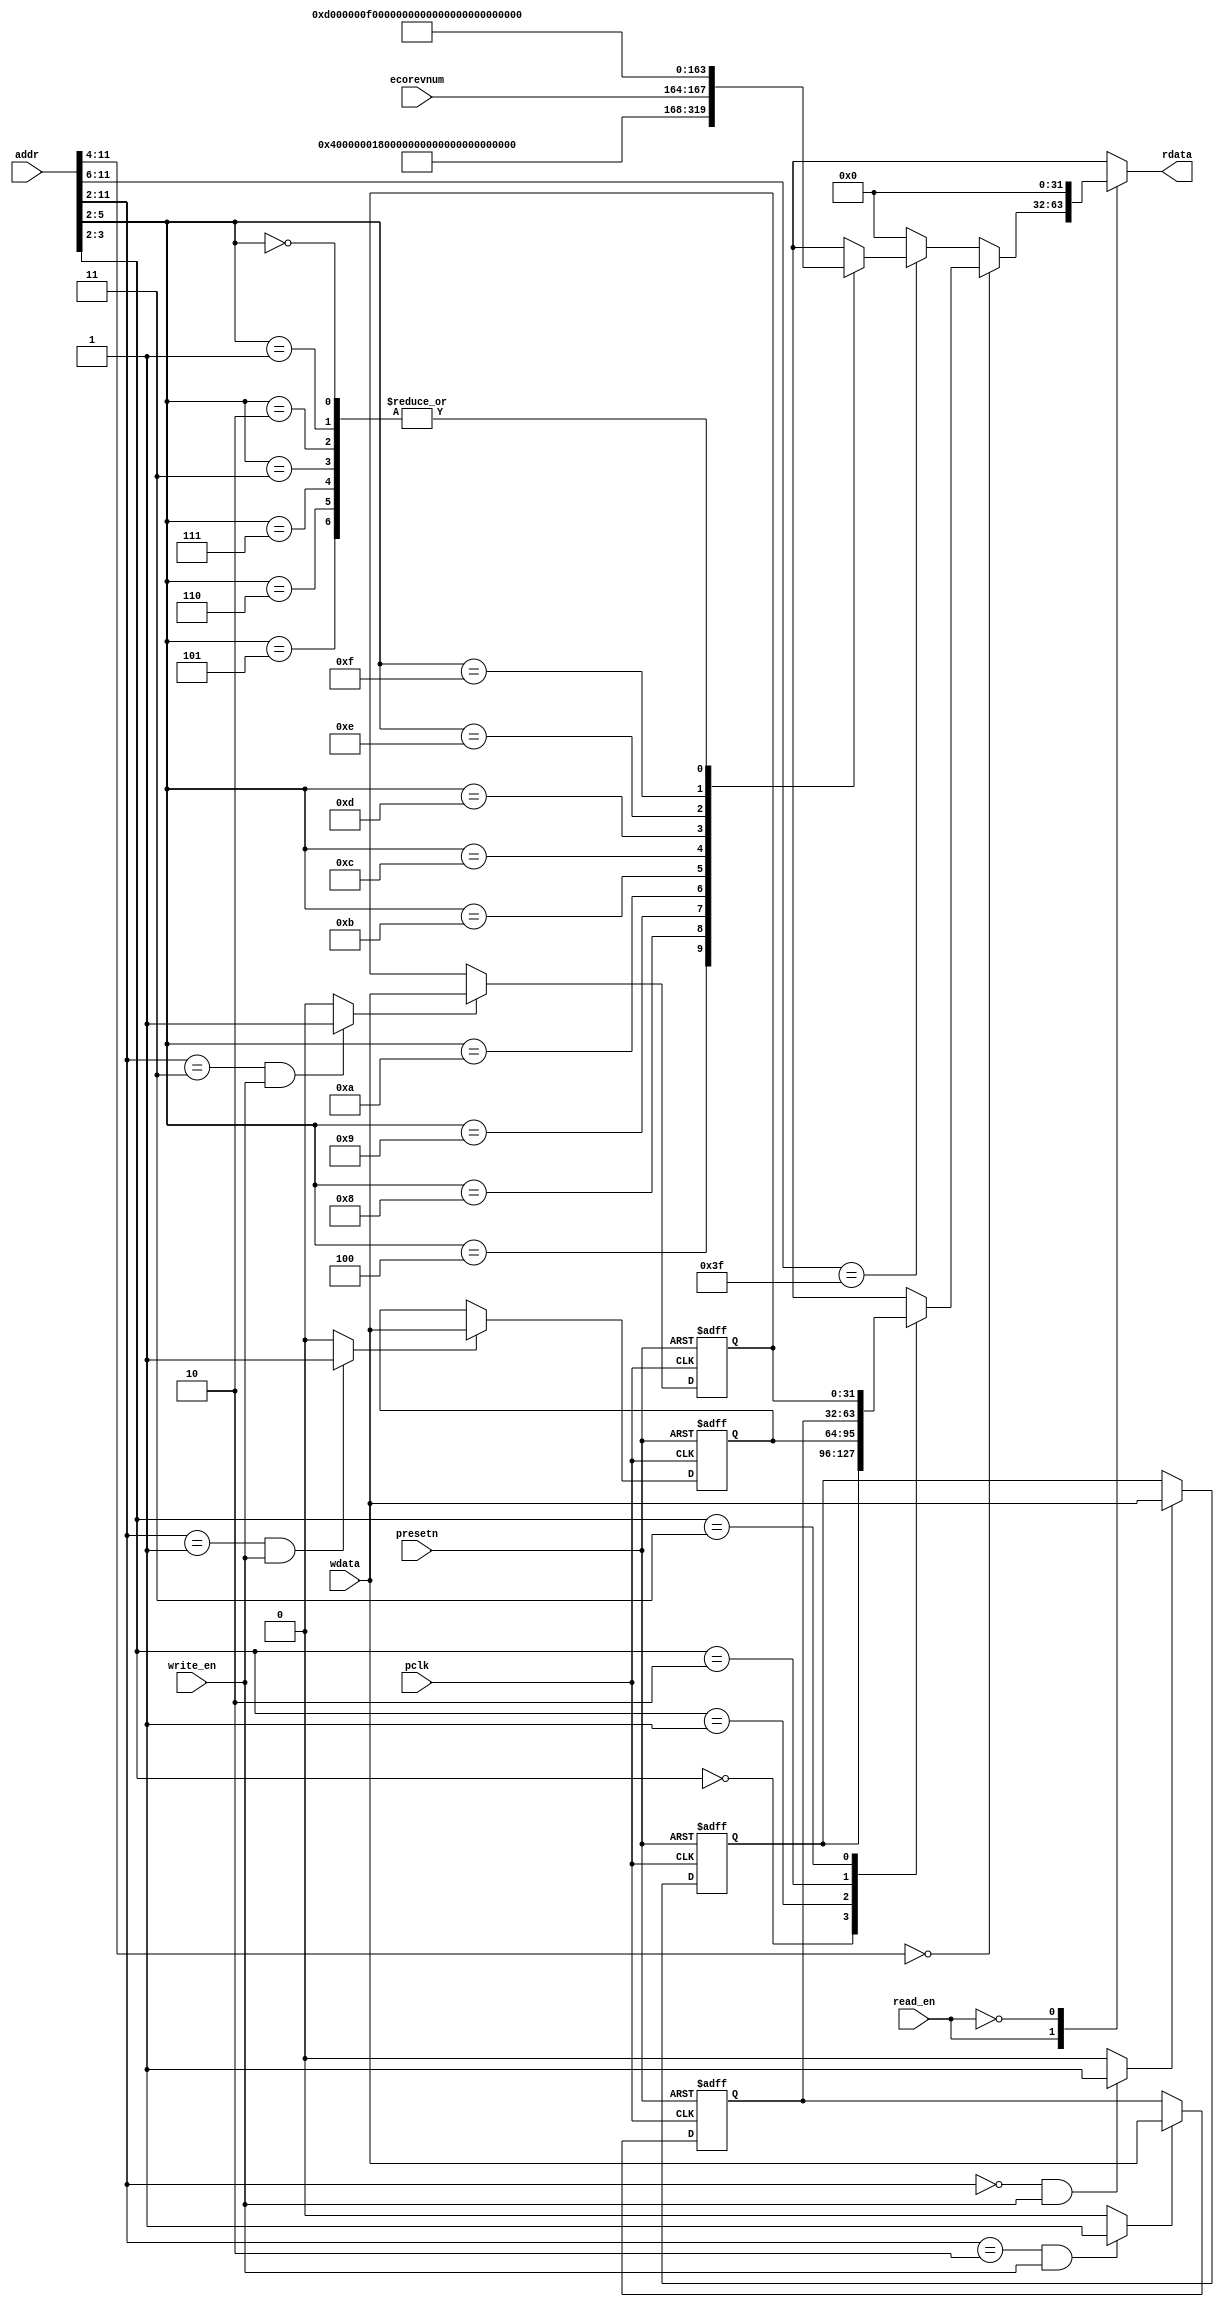
//-----------------------------------------------------------------------------
// The confidential and proprietary information contained in this file may
// only be used by a person authorised under and to the extent permitted
// by a subsisting licensing agreement from ARM Limited.
//
//            (C) COPYRIGHT 2010-2013 ARM Limited.
//                ALL RIGHTS RESERVED
//
// This entire notice must be reproduced on all copies of this file
// and copies of this file may only be made by a person if such person is
// permitted to do so under the terms of a subsisting license agreement
// from ARM Limited.
//
//      SVN Information
//
//      Checked In          : $Date: 2013-01-09 12:55:25 +0000 (Wed, 09 Jan 2013) $
//
//      Revision            : $Revision: 233070 $
//
//      Release Information : Cortex-M System Design Kit-r1p0-00rel0
//
//-----------------------------------------------------------------------------
//-----------------------------------------------------------------------------
// Abstract : APB example slave register module.
//            Support AMBA APB3 interface
//            This is an example slave with four 32-bit registers, provides write
//            and read operation. The Data and address valid at the same clock
//            cycle.
//-----------------------------------------------------------------------------

module cmsdk_apb3_eg_slave_reg #(
  // parameter for address width
  parameter   ADDRWIDTH = 12)
 (
  input  wire                   pclk,       // clock
  input  wire                   presetn,    // reset

  // Register interface
  input  wire [ADDRWIDTH-1:0]   addr,
  input  wire                   read_en,
  input  wire                   write_en,
  input  wire [31:0]            wdata,
  input  wire [3:0]             ecorevnum,
  output reg  [31:0]            rdata);

 // Local ID parameters, APB3 example slave has part number of 818
localparam  ARM_CMSDK_APB3_EG_SLAVE_PID4 = 32'h00000004; // 0xFD0 : PID 4
localparam  ARM_CMSDK_APB3_EG_SLAVE_PID5 = 32'h00000000; // 0xFD4 : PID 5
localparam  ARM_CMSDK_APB3_EG_SLAVE_PID6 = 32'h00000000; // 0xFD8 : PID 6
localparam  ARM_CMSDK_APB3_EG_SLAVE_PID7 = 32'h00000000; // 0xFDC : PID 7
localparam  ARM_CMSDK_APB3_EG_SLAVE_PID0 = 32'h00000018; // 0xFE0 : PID 0 APB3 Example slave part number[7:0]
localparam  ARM_CMSDK_APB3_EG_SLAVE_PID1 = 32'h000000B8; // 0xFE4 : PID 1 [7:4] jep106_id_3_0. [3:0] part number [11:8]
localparam  ARM_CMSDK_APB3_EG_SLAVE_PID2 = 32'h0000001B; // 0xFE8 : PID 2 [7:4] revision, [3] jedec_used. [2:0] jep106_id_6_4
localparam  ARM_CMSDK_APB3_EG_SLAVE_PID3 = 32'h00000000; // 0xFEC : PID 3
localparam  ARM_CMSDK_APB3_EG_SLAVE_CID0 = 32'h0000000D; // 0xFF0 : CID 0
localparam  ARM_CMSDK_APB3_EG_SLAVE_CID1 = 32'h000000F0; // 0xFF4 : CID 1 PrimeCell class
localparam  ARM_CMSDK_APB3_EG_SLAVE_CID2 = 32'h00000005; // 0xFF8 : CID 2
localparam  ARM_CMSDK_APB3_EG_SLAVE_CID3 = 32'h000000B1; // 0xFFC : CID 3
         // Note : Customer changing the design should modify
         // - jep106 value (www.jedec.org)
         // - part number (customer define)
         // - Optional revision and modification number (e.g. rXpY)


 //------------------------------------------------------------------------------
 // internal signals
 //------------------------------------------------------------------------------

  reg    [31:0]            data0;
  reg    [31:0]            data1;
  reg    [31:0]            data2;
  reg    [31:0]            data3;
  wire   [3:0]             wr_sel;

 //------------------------------------------------------------------------------
 // module logic start
 //------------------------------------------------------------------------------
  // Address decoding for write operations
  assign wr_sel[0] = ((addr[(ADDRWIDTH-1):2]==10'b0000000000)&(write_en)) ? 1'b1: 1'b0;
  assign wr_sel[1] = ((addr[(ADDRWIDTH-1):2]==10'b0000000001)&(write_en)) ? 1'b1: 1'b0;
  assign wr_sel[2] = ((addr[(ADDRWIDTH-1):2]==10'b0000000010)&(write_en)) ? 1'b1: 1'b0;
  assign wr_sel[3] = ((addr[(ADDRWIDTH-1):2]==10'b0000000011)&(write_en)) ? 1'b1: 1'b0;


 // register write, byte enable


 // Data register: data0
  always @(posedge pclk or negedge presetn)
    begin
    if (~presetn)
      begin
        data0 <= {32{1'b0}}; // Reset data 0 to 0x00000000
      end
    else if (wr_sel[0])
      begin
        data0[31:0] <= wdata[31:0];
      end
    end


 // Data register: data1
  always @(posedge pclk or negedge presetn)
    begin
    if (~presetn)
      begin
        data1 <= {32{1'b0}}; // Reset data 1 to 0x00000000
      end
    else if (wr_sel[1])
      begin
        data1[31:0] <= wdata[31:0];
      end
    end


  // Data register: data2
  always @(posedge pclk or negedge presetn)
    begin
    if (~presetn)
      begin
        data2 <= {32{1'b0}}; // Reset data 2 to 0x00000000
      end
    else if (wr_sel[2])
      begin
        data2[31:0] <= wdata[31:0];
      end
    end


  // Data register: data3
  always @(posedge pclk or negedge presetn)
    begin
    if (~presetn)
      begin
        data3 <= {32{1'b0}}; // Reset data 3 to 0x00000000
      end
    else if (wr_sel[3])
      begin
        data3[31:0] <= wdata[31:0];
      end
    end


 // register read

always @ (read_en or addr or data0 or data1 or data2 or data3 or ecorevnum)
 begin
   case (read_en)
     1'b1:
     begin
       if (addr[11:4] == 8'h00) begin
         case(addr[3:2])
           2'b00: rdata =  data0;
           2'b01: rdata =  data1;
           2'b10: rdata =  data2;
           2'b11: rdata =  data3;
           default: rdata = {32{1'bx}};
         endcase
       end
       else if (addr[11:6] == 6'h3F) begin
         case(addr[5:2])
          // Peripheral IDs and Component IDs.
          // AHB example slave has part number of 818
         4'b0100: rdata = ARM_CMSDK_APB3_EG_SLAVE_PID4; // 0xFD0 : PID 4
         4'b0101: rdata = ARM_CMSDK_APB3_EG_SLAVE_PID5; // 0xFD4 : PID 5
         4'b0110: rdata = ARM_CMSDK_APB3_EG_SLAVE_PID6; // 0xFD8 : PID 6
         4'b0111: rdata = ARM_CMSDK_APB3_EG_SLAVE_PID7; // 0xFDC : PID 7
         4'b1000: rdata = ARM_CMSDK_APB3_EG_SLAVE_PID0; // 0xFE0 : PID 0 APB Example slave part number[7:0]
         4'b1001: rdata = ARM_CMSDK_APB3_EG_SLAVE_PID1; // 0xFE4 : PID 1 [7:4] jep106_id_3_0. [3:0] part number [11:8]
         4'b1010: rdata = ARM_CMSDK_APB3_EG_SLAVE_PID2; // 0xFE8 : PID 2 [7:4] revision, [3] jedec_used. [2:0] jep106_id_6_4
         4'b1011: rdata ={ARM_CMSDK_APB3_EG_SLAVE_PID3[31:8], ecorevnum[3:0], 4'h0};
                                         // 0xFEC : PID 3 [7:4] ECO rev number, [3:0]  modification number
         4'b1100: rdata = ARM_CMSDK_APB3_EG_SLAVE_CID0; // 0xFF0 : CID 0
         4'b1101: rdata = ARM_CMSDK_APB3_EG_SLAVE_CID1; // 0xFF4 : CID 1 PrimeCell class
         4'b1110: rdata = ARM_CMSDK_APB3_EG_SLAVE_CID2; // 0xFF8 : CID 2
         4'b1111: rdata = ARM_CMSDK_APB3_EG_SLAVE_CID3; // 0xFFC : CID 3
         // Note : Customer changing the design should modify
         // - jep106 value (www.jedec.org)
         // - part number (customer define)
         // - Optional revision and modification number (e.g. rXpY)
         4'b0000, 4'b0001,4'b0010,4'b0011: rdata = {32'h00000000}; // Unused
         default: rdata =  {32{1'bx}};  // x propogation
         endcase
       end
       else begin
         rdata = {32'h00000000}; // default
       end
   end
   1'b0:
     begin
       rdata =  {32{1'b0}};
     end
   default:
     begin
       rdata =  {32{1'bx}};
     end
   endcase
 end


 //------------------------------------------------------------------------------
 // module logic end
 //------------------------------------------------------------------------------



 endmodule